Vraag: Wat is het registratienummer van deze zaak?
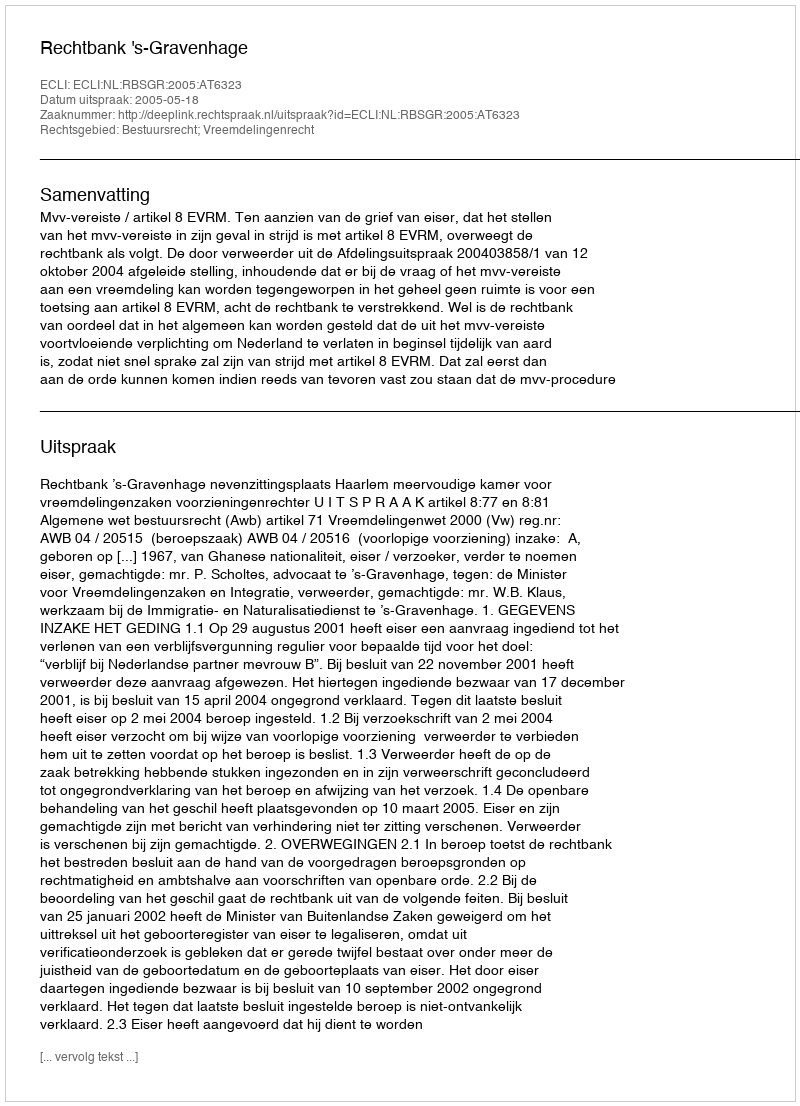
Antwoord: http://deeplink.rechtspraak.nl/uitspraak?id=ECLI:NL:RBSGR:2005:AT6323